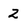
Character: 2